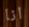
انا